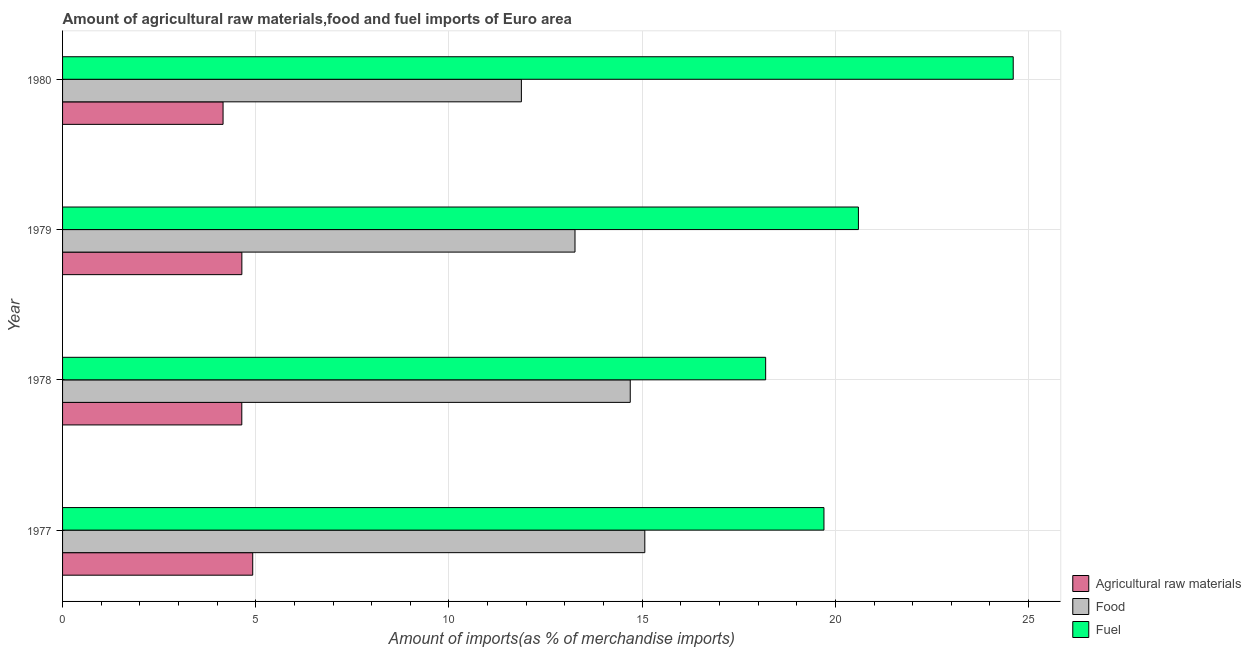
| Year | Agricultural raw materials | Food | Fuel |
 | --- | --- | --- | --- |
 | 1977 | 4.92 | 15.1 | 19.7 |
 | 1978 | 4.64 | 14.7 | 18.2 |
 | 1979 | 4.64 | 13.3 | 20.6 |
 | 1980 | 4.15 | 11.9 | 24.6 |